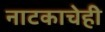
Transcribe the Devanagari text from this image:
नाटकाचेही